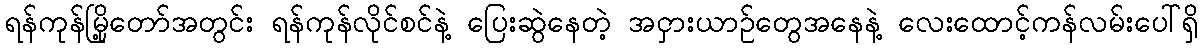
ရန်ကုန်မြို့တော်အတွင်း ရန်ကုန်လိုင်စင်နဲ့ ပြေးဆွဲနေတဲ့ အငှားယာဉ်တွေအနေနဲ့ လေးထောင့်ကန်လမ်းပေါ်ရှိ